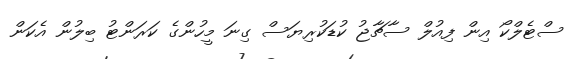
ސްޓެލްކޯ އިން ފިއުލް ސާޗާޖު ކުޑަކުރިޔަސް ގިނަ މީހުންގެ ކަރަންޓު ބިލުން އެކަން